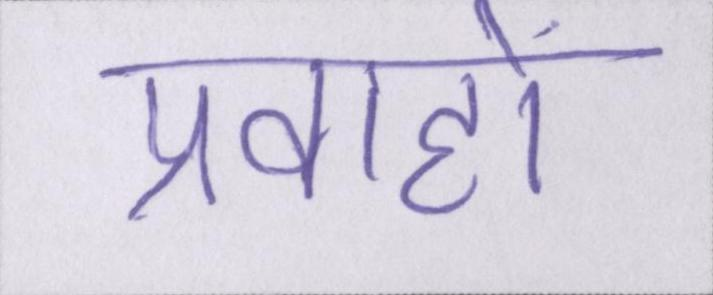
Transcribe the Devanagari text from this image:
प्रवाहों